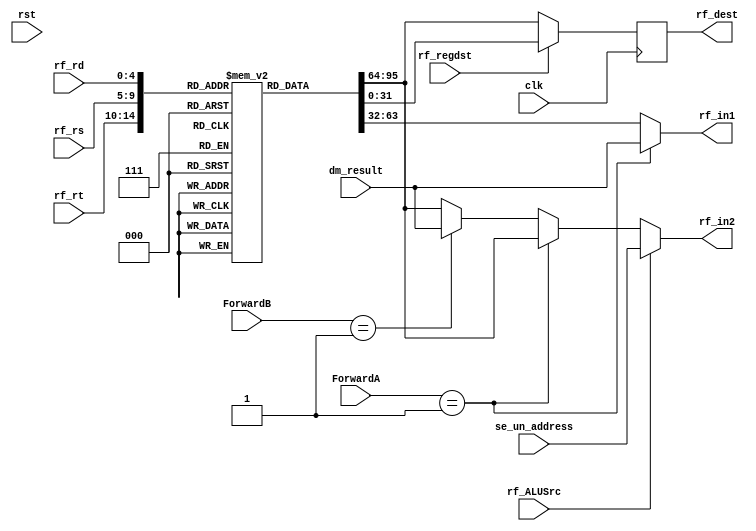
//REGISTER FILE//
module RegisterFile#(parameter ad_size=32,d_size=32,depth=32)(
  input clk,rst,rf_ALUSrc,rf_regdst,
  input [1:0] ForwardA,ForwardB,
  input [4:0] rf_rs,rf_rt,rf_rd,                      //address from decoder of regfile
  input [ad_size-1:0] se_un_address,
  input [d_size-1:0] dm_result,
  //this is actual output needed from this module
  output reg [d_size-1:0] rf_in1,rf_in2,rf_dest          // inputs of operation  
 
  );

  reg [d_size-1:0] reg_file [depth-1:0];        // creating REGISTER FILE of 32 bits and depth of 8 bits
  
initial  
  begin
    reg_file[0] = 32'b00000000000000000000000000000000;
    reg_file[1] = 32'b00000000000000000000000000000101;
    reg_file[2] = 32'b00000000000000000000000000000110;
    reg_file[3] = 32'b00000000000000000000000000000111;
    reg_file[4] = 32'b00000000000000000000000000000100;
    reg_file[5] = 32'b00000000000000000000000001000001;
    reg_file[6] = 32'b00000000000000000000000000001000;
    reg_file[7] = 32'b00000000000000000000000000000101;
    reg_file[8] = 32'b00000000000000000000000000001011;
    reg_file[9] = 32'b00000000000000000000000000001001;
  end

  always@(rf_rs,rf_rt,se_un_address,rf_ALUSrc,ForwardA,ForwardB,dm_result)                         // setting in1 and in2 according to the address we got from instructions
    begin    
      if(rf_ALUSrc==1'b0 )
        begin
          if(ForwardA==2'b01)
            begin
              rf_in1 = dm_result;
              rf_in2 = reg_file[rf_rt];
            end
          else if(ForwardB==2'b01)
            begin
              rf_in1 = reg_file[rf_rs];
              rf_in2 = dm_result;
            end
          else
            begin
              rf_in1 = reg_file[rf_rs];
              rf_in2 = reg_file[rf_rt];
            end
        end
      else
        begin
           if(ForwardA==2'b01)
            begin
              rf_in1 = dm_result;
              rf_in2 = se_un_address;
            end
          else
            begin
              rf_in1 = reg_file[rf_rs];
              rf_in2 = se_un_address;
            end             
        end
    end
  //setting destination register
  always@(posedge clk)
    begin
      if(rf_regdst)
        rf_dest=reg_file[rf_rd];
      else
        rf_dest=reg_file[rf_rt];
    end
endmodule